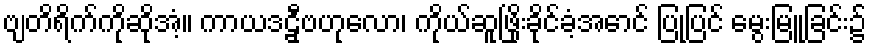
ဗျတိရိက်ကိုဆိုအံ့။ ကာယဒဠှီဗဟုလော၊ ကိုယ်ဆူဖြိုးခိုင်ခံ့အောင် ပြုပြင် မွေးမြူခြင်း၌